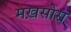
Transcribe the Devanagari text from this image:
मख़सोस